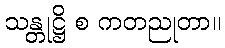
သန္တုဋ္ဌိ စ ကတညုတာ။